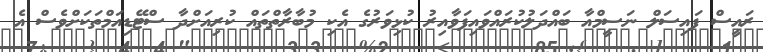
ރައީސް ފައިސަލް ނަސީމްއާ ބައްދަލުކުރައްވައިފަވާއިރު ކުޅިވަރުގެ އެކި މުބާރާތްތައް ކުރިއަށްދާ ސްޓޭޑިއަމްތަކަށްވެސް އެ